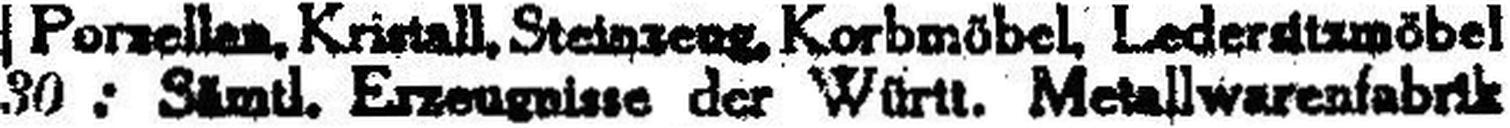
30: Sämtl. Erzeugeine der Württ. Metallwarenfabrik